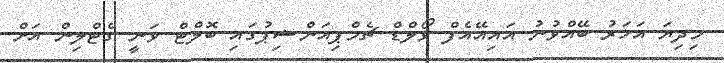
މިދިޔަ އަހަރު ބޭއްވުނު އައިއޭއެފް ވޯލްޑް ޗެމްޕިއަންޝިޕުގައި ބޮލްޓް ވަނީ ގެޓްލިން އަށް